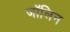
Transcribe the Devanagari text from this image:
जॉलिन